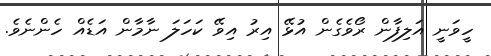
ހީވަނީ އަލިފާން ރޯވެގެން އުޅޭ އިރު އިވޭ ކަހަލަ ނާމާން އަޑެއް ހެންނެވެ.